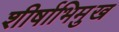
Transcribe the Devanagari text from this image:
शीर्षाभिमुख